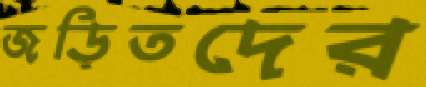
জড়িতদের